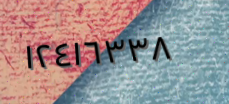
١٢٤١٦٣٣٨